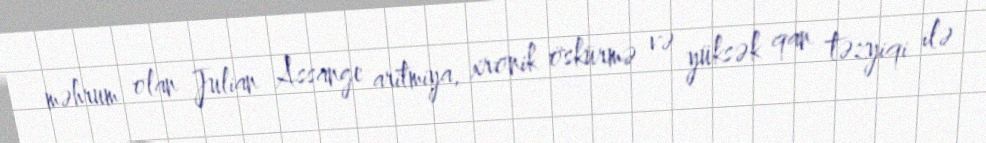
məhrum olan Julian Assange aritmiya, xronik öskürmə və yüksək qan təzyiqi ilə